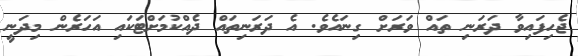
ޖެހިފައިވާ ދަރަނި ތައް ވަރަށް ގިނައެވެ. އެ ދަރަނިތައް ދެއްކުމަށްޓަކައި އަހަރެން މިދަނީ